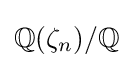
\mathbb {Q} (\zeta _{n})/\mathbb {Q}